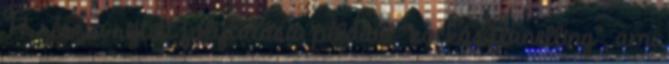
77. rész a rejtett folytatása, például "kockás flanelling", ami